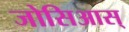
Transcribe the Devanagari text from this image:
जोसिआस्